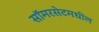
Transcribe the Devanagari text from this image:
सॉमरसेटमधील